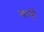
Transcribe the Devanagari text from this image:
त्यागमूर्ति